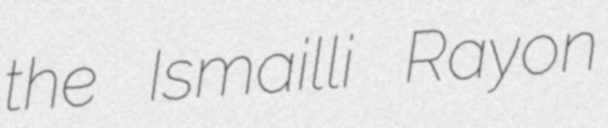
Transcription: the Ismailli Rayon